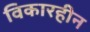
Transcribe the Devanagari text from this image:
विकारहीन